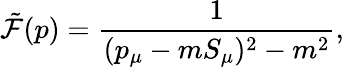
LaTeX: {\tilde{\cal F}}(p)=\frac{1}{(p_{\mu}-mS_{\mu})^{2}-m^{2}},